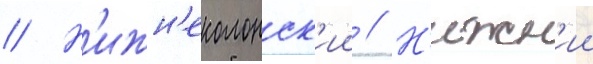
// Н'ижн'еколонск'ии // Н'ижн'ии